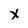
Character: X